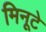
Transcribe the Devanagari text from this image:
मिनूटे